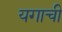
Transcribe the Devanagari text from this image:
यगाची